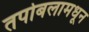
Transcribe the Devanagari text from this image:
तपोबलामधून